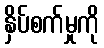
နှိပ်စက်မှုကို